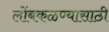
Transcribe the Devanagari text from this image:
लोंबकळण्यासाठी